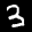
Label: 3